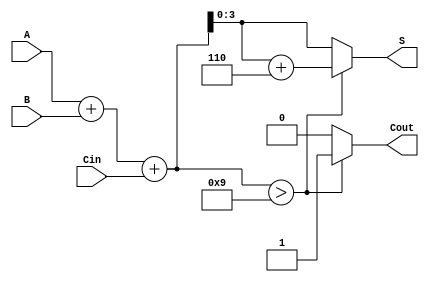
module BCD_Ripple_Carry_Adder (
    input [3:0] A,      // First BCD digit
    input [3:0] B,      // Second BCD digit
    input Cin,          // Carry-in
    output reg [3:0] S, // BCD sum output
    output reg Cout      // Carry-out
);

    wire [4:0] sum;     // 5-bit sum to accommodate carry
    wire correction;     // Correction flag

    // Full adder for BCD addition
    assign sum = A + B + Cin;

    // Check if the sum exceeds 9 (1001 in binary)
    assign correction = sum > 9;

    // BCD correction logic
    always @(*) begin
        if (correction) begin
            S = sum + 4'b0110; // Add 6 if correction is needed
            Cout = 1;          // Set carry-out
        end else begin
            S = sum[3:0];      // Use the lower 4 bits
            Cout = 0;          // No carry-out
        end
    end

endmodule